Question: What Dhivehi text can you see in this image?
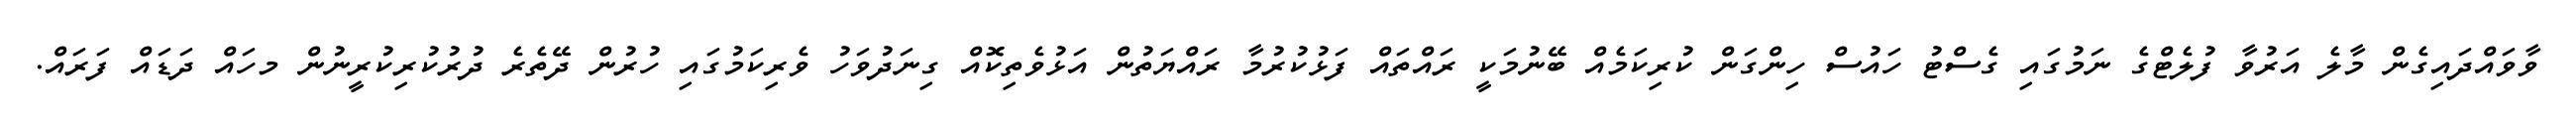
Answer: ވާވައްދައިގެން މާލެ އަރުވާ ފުލެޓްގެ ނަމުގައި ގެސްޓު ހައުސް ހިންގަން ކުރިކަމެއް ބޭނުމަކީ ރައްތައް ފަޅުކުރުމާ ރައްޔަތުން އަޅުވެތިކޮއް ގިނަދުވަހު ވެރިކަމުގައި ހުރުން ދޭތެރެ ދުރުކުރިކުރީނުން މހައް ދަޑައް ފަރައް.